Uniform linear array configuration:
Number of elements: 8
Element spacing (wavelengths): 0.75
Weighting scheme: cosine
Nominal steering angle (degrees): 60
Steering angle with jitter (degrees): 61.698
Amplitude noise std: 0.05
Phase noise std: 0.05

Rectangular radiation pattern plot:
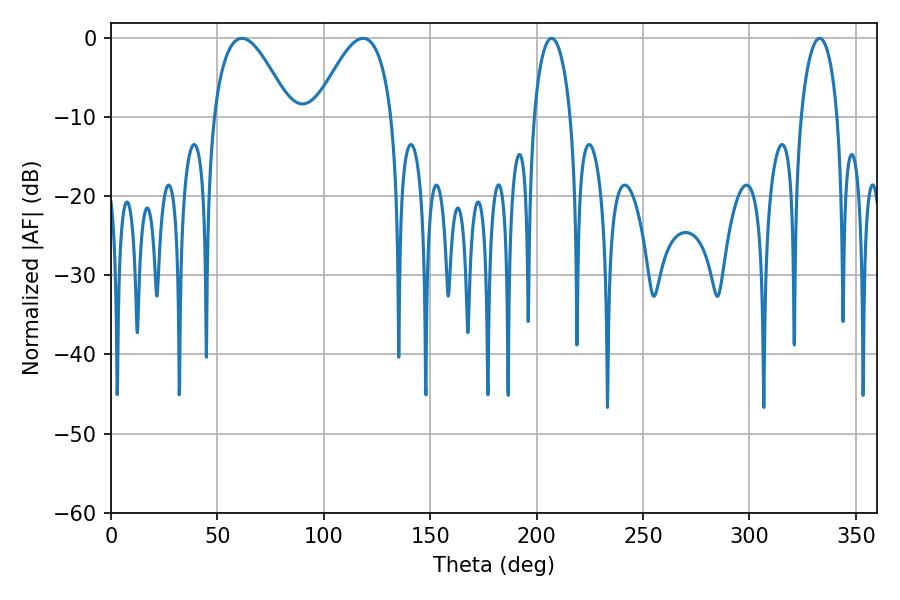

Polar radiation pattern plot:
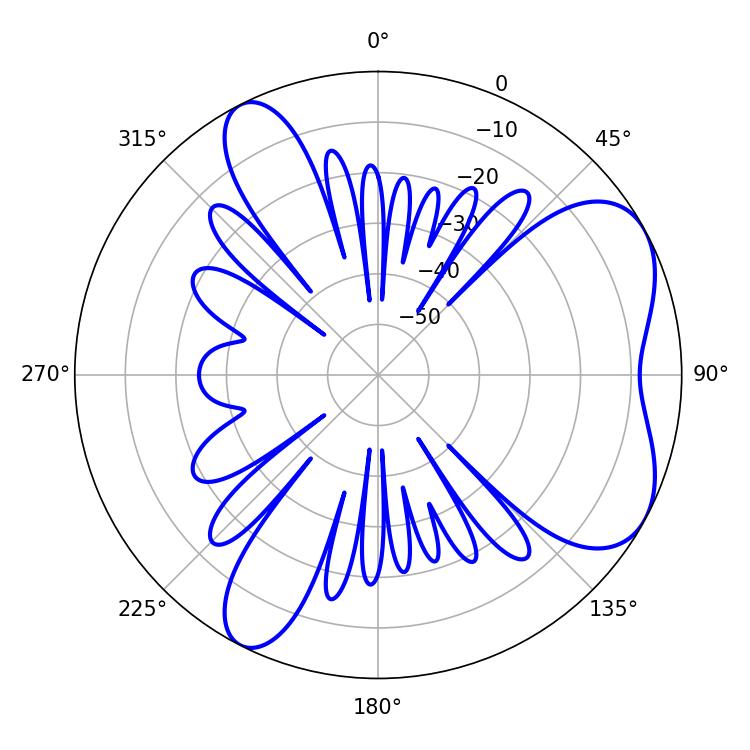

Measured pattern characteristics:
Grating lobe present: TRUE
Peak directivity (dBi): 5.93
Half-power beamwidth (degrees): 19.44
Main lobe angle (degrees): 61.56